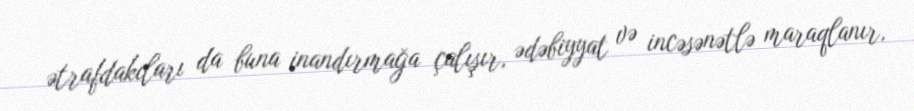
ətrafdakıları da buna inandırmağa çalışır, ədəbiyyat və incəsənətlə maraqlanır,